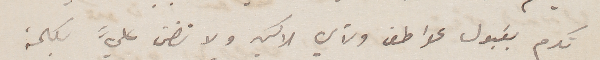
تكرم بقبول عواطف ولأي الاكيد ولا تضن عليَّ بكلمة